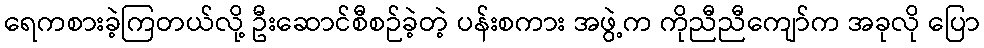
ရေကစားခဲ့ကြတယ်လို့ ဦးဆောင်စီစဉ်ခဲ့တဲ့ ပန်းစကား အဖွဲ့က ကိုညီညီကျော်က အခုလို ပြော